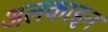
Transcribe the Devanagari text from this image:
अलकाइन